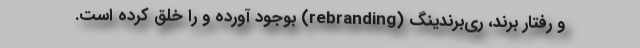
و رفتار برند، ری‌برندینگ (rebranding) بوجود آورده و را خلق کرده است.